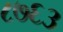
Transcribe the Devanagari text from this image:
८७६३